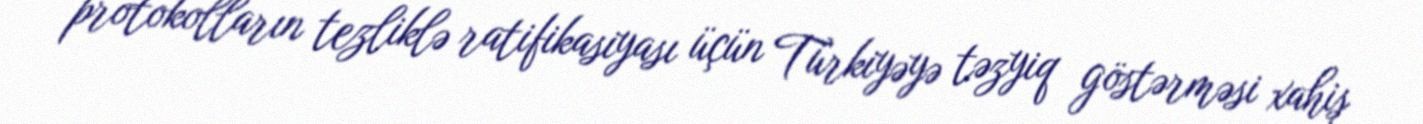
protokolların tezliklə ratifikasiyası üçün Türkiyəyə təzyiq göstərməsi xahiş